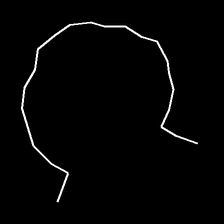
Glyph: weave